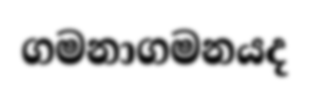
ගමනාගමනයද